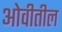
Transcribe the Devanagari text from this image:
ओवीतील